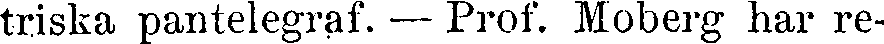
triska pantelegraf. — Prof. Moberg har re-